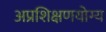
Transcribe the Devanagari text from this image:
अप्रशिक्षणयोग्य